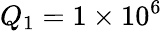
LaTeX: Q_{1}=1\times 10^{6}